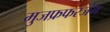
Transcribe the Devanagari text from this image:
मुजफ्रफरजंग